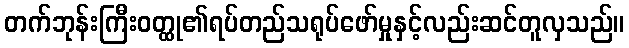
တက်ဘုန်းကြီးဝတ္ထု၏ရပ်တည်သရုပ်ဖော်မှုနှင့်လည်းဆင်တူလှသည်။